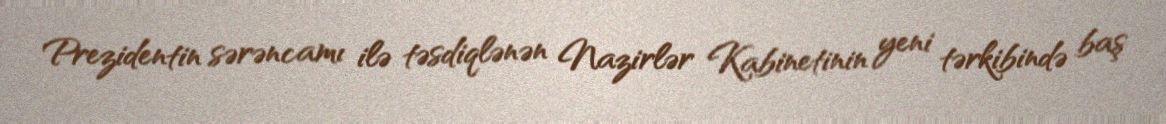
Prezidentin sərəncamı ilə təsdiqlənən Nazirlər Kabinetinin yeni tərkibində baş